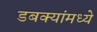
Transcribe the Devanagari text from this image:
डबक्यांमध्ये